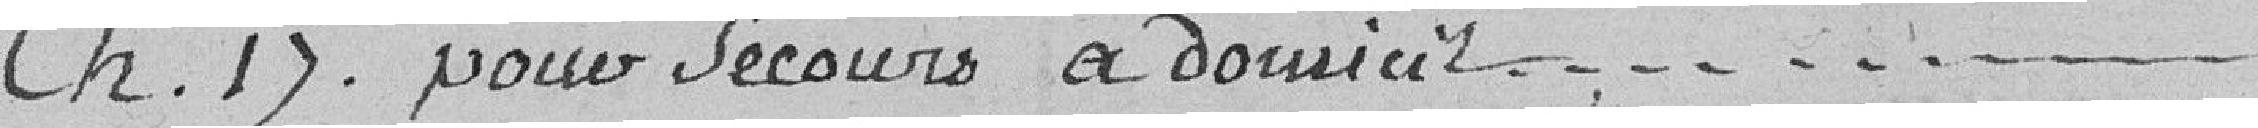
Ch. 17. : pour secours à domicile.....        2.000